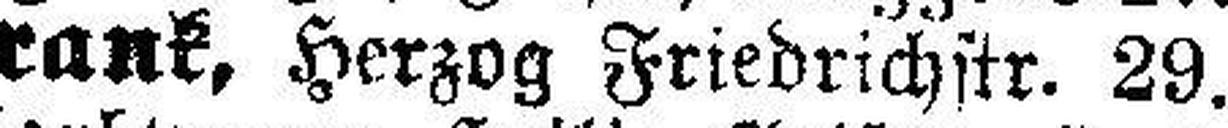
Theodor Frank, Herzog Friedrichstr. 29.